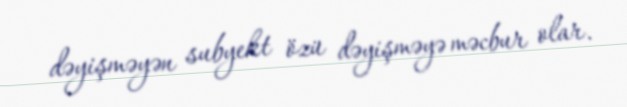
dəyişməyən subyekt özü dəyişməyə məcbur olar.